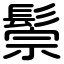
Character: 鬃